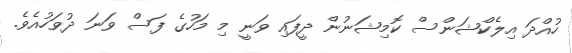
ހުއްދަ އިލެކްޝަންސް ކޮމިޝަނުން ދީފައި ވަނީ މި މަހުގެ ފަސް ވަނަ ދުވަހުއެވެ.